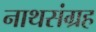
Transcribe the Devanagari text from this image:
नाथसंग्रह